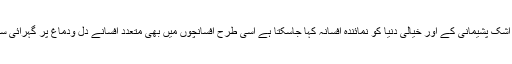
الجھن، کرب، انتظار، اشک پشیمانی کے اور خیالی دنیا کو نمائندہ افسانہ کہا جاسکتا ہے اسی طرح افسانچوں میں بھی متعدد افسانے دل ودماغ پر گہرائی سے اثر انداز ہوتے ہیں۔